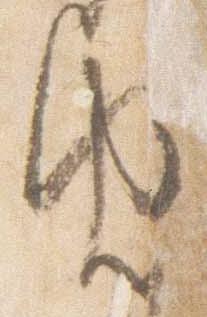
由